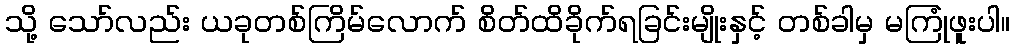
သို့ သော်လည်း ယခုတစ်ကြိမ်လောက် စိတ်ထိခိုက်ရခြင်းမျိုးနှင့် တစ်ခါမှ မကြုံဖူးပါ။